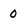
Character: 0